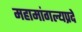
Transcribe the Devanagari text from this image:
महामांगल्यप्रदे